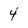
Character: 4